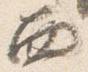
西